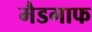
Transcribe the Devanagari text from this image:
मैडगाफ